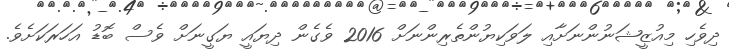
ދިވެހި މިއުޒީޝަނުންނަށާއި ލަވަކިޔުންތެރިންނަށް 2016 ވެގެން ދިޔައީ ޔަގީނަށް ވެސް ބޮޑު އަހަރަކަށެވެ.